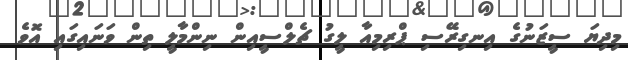
މިދިޔަ ސީޒަނުގެ އިނގިރޭސި ޕްރިމިއާ ލީގު ޗެލްސީއިން ނިންމާލީ ތިން ވަނައިގައި އޮވެ